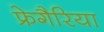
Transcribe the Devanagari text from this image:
फ्रेगैरिया